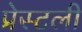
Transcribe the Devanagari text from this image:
प्रेस्टली